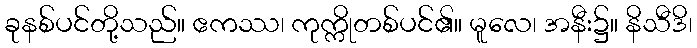
ခုနစ်ပင်တို့သည်။ ဧကဿ၊ ကုက္ကိုတစ်ပင်၏။ မူလေ၊ အနီး၌။ နိသီဒိ၊